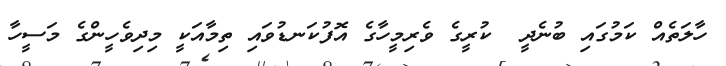
ހާލަތެއް ކަމުގައި ބުނެދީ  ކުރީގެ ވެރިމީހާގެ އޮފުކަނޑުވައި ތިމާއަކީ މިދިވެހީންގެ މަސީހާ